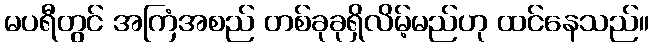
မပရီတွင် အကြံအစည် တစ်ခုခုရှိလိမ့်မည်ဟု ထင်နေသည်။